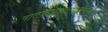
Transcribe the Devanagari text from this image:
नाटकप्रकाराप्रमाणे